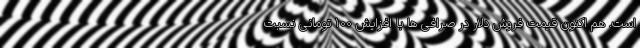
است. هم اکنون قیمت فروش دلار در صرافی ها با افزایش 100 تومانی نسبت